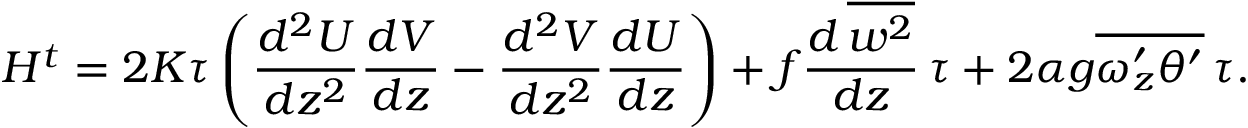
H ^ { t } = 2 K \tau \left( \frac { d ^ { 2 } U } { d z ^ { 2 } } \frac { d V } { d z } - \frac { d ^ { 2 } V } { d z ^ { 2 } } \frac { d U } { d z } \right) + f \frac { d \, \overline { { w ^ { 2 } } } } { d z } \, \tau + 2 \alpha g \overline { { \omega _ { z } ^ { \prime } \theta ^ { \prime } } } \, \tau .